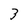
Character: 3